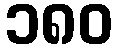
၁၈၀